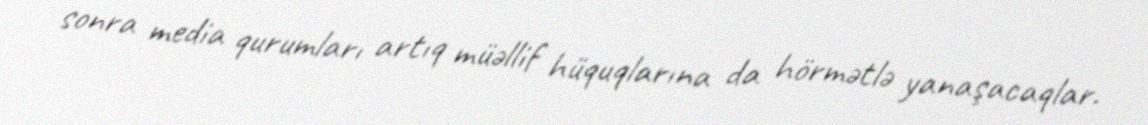
sonra media qurumları artıq müəllif hüquqlarına da hörmətlə yanaşacaqlar.